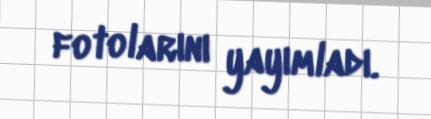
fotolarını yayımladı.